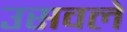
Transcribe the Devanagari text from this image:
उसवले